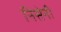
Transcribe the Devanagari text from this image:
निसेनी